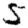
Digit: 5